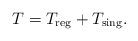
LaTeX: \begin{align*} T= T_{\rm reg} + T_{\rm sing}.\end{align*}